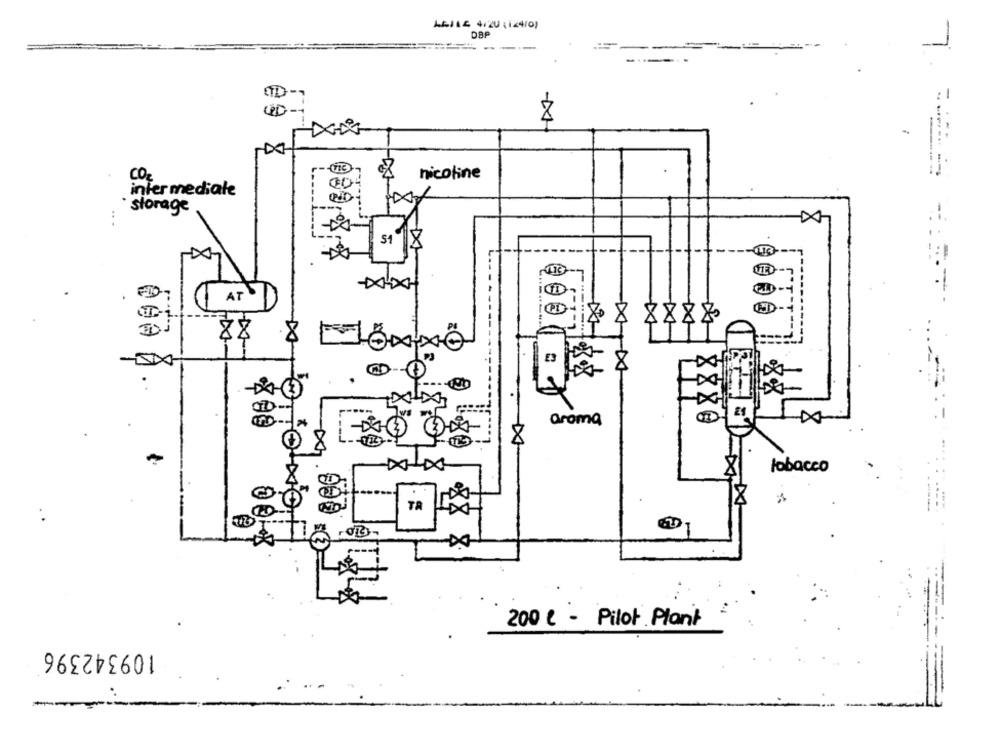
A4114 4/20 ;144/0)
DBP
---
7.
STD
8
nicoline
CO2
infer mediale
storage
51
IX
AT
-DX
E3
8
aroma
DA
-
tobacco
TR
200 2 - Pilot Plant
109342396